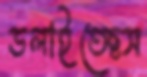
ডলাইতেছস